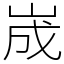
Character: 𡷫